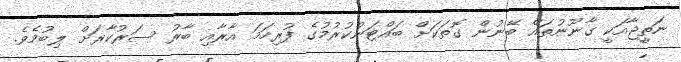
ނަތީޖާއަކީ ގާނޫނުތައް ބޭނުން ގޮތަކަށް ބައްޓަންކުރުމުގެ ފުރިހަމަ އާރާއި ބާރު ސަރުކާރަށް ލިބުމެވެ.